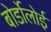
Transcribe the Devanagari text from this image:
बोर्डोलोई